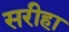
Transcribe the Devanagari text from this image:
सरीहा